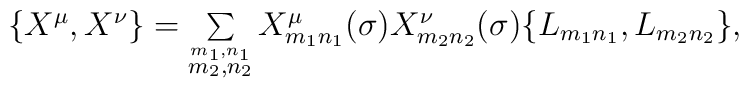
\begin{array}{lcr}\{X^{\mu},X^{\nu}\}=\sum\limits_{\stackrel{m_1,n_1}{m_2,n_2}}X^\mu_{m_1n_1}(\sigma)X^\nu_{m_2n_2}(\sigma)\{L_{m_1n_1},L_{m_2n_2}\},\end{array}